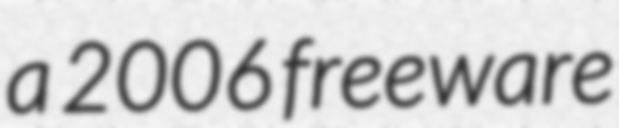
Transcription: a 2006 freeware